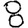
Digit: 8